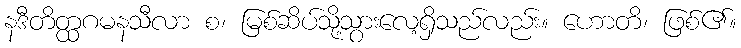
နဒီတိတ္ထဂမနသီလာ စ၊ မြစ်ဆိပ်သို့သွားလေ့ရှိသည်လည်း။ ဟောတိ၊ ဖြစ်၏။